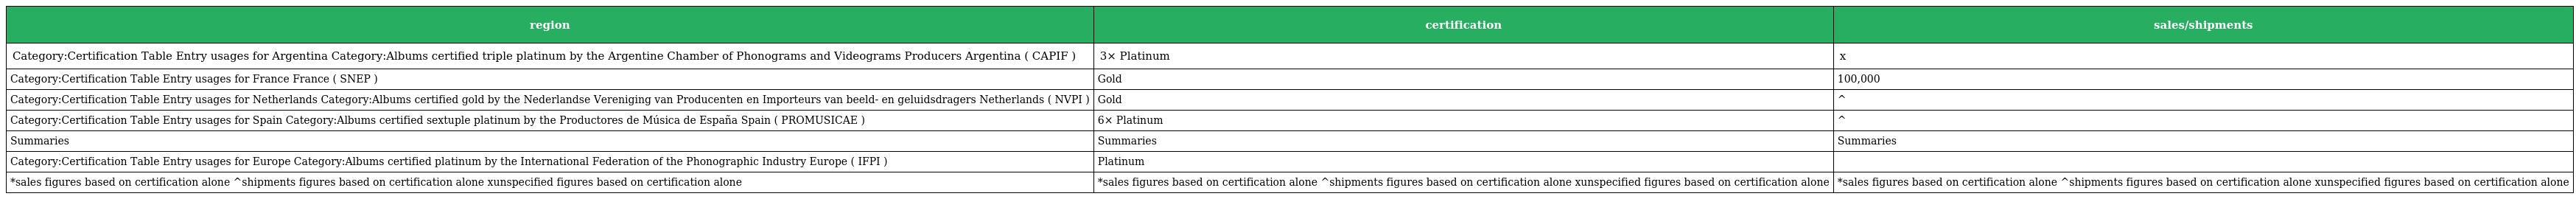
| region | certification | sales/shipments |
 | --- | --- | --- |
 | Category:Certification Table Entry usages for Argentina Category:Albums certified triple platinum by the Argentine Chamber of Phonograms and Videograms Producers Argentina ( CAPIF ) | 3× Platinum | x |
 | Category:Certification Table Entry usages for France France ( SNEP ) | Gold | 100,000 |
 | Category:Certification Table Entry usages for Netherlands Category:Albums certified gold by the Nederlandse Vereniging van Producenten en Importeurs van beeld- en geluidsdragers Netherlands ( NVPI ) | Gold | ^ |
 | Category:Certification Table Entry usages for Spain Category:Albums certified sextuple platinum by the Productores de Música de España Spain ( PROMUSICAE ) | 6× Platinum | ^ |
 | Summaries | Summaries | Summaries |
 | Category:Certification Table Entry usages for Europe Category:Albums certified platinum by the International Federation of the Phonographic Industry Europe ( IFPI ) | Platinum |  |
 | *sales figures based on certification alone ^shipments figures based on certification alone xunspecified figures based on certification alone | *sales figures based on certification alone ^shipments figures based on certification alone xunspecified figures based on certification alone | *sales figures based on certification alone ^shipments figures based on certification alone xunspecified figures based on certification alone |